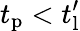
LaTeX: t_{\mathrm{p}}<t_{\mathrm{l}}^{\prime}